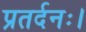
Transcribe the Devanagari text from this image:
प्रतर्दनः।